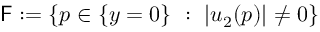
\mathsf { F } : = \{ p \in \{ y = 0 \} \ : \ | u _ { 2 } ( p ) | \neq 0 \}